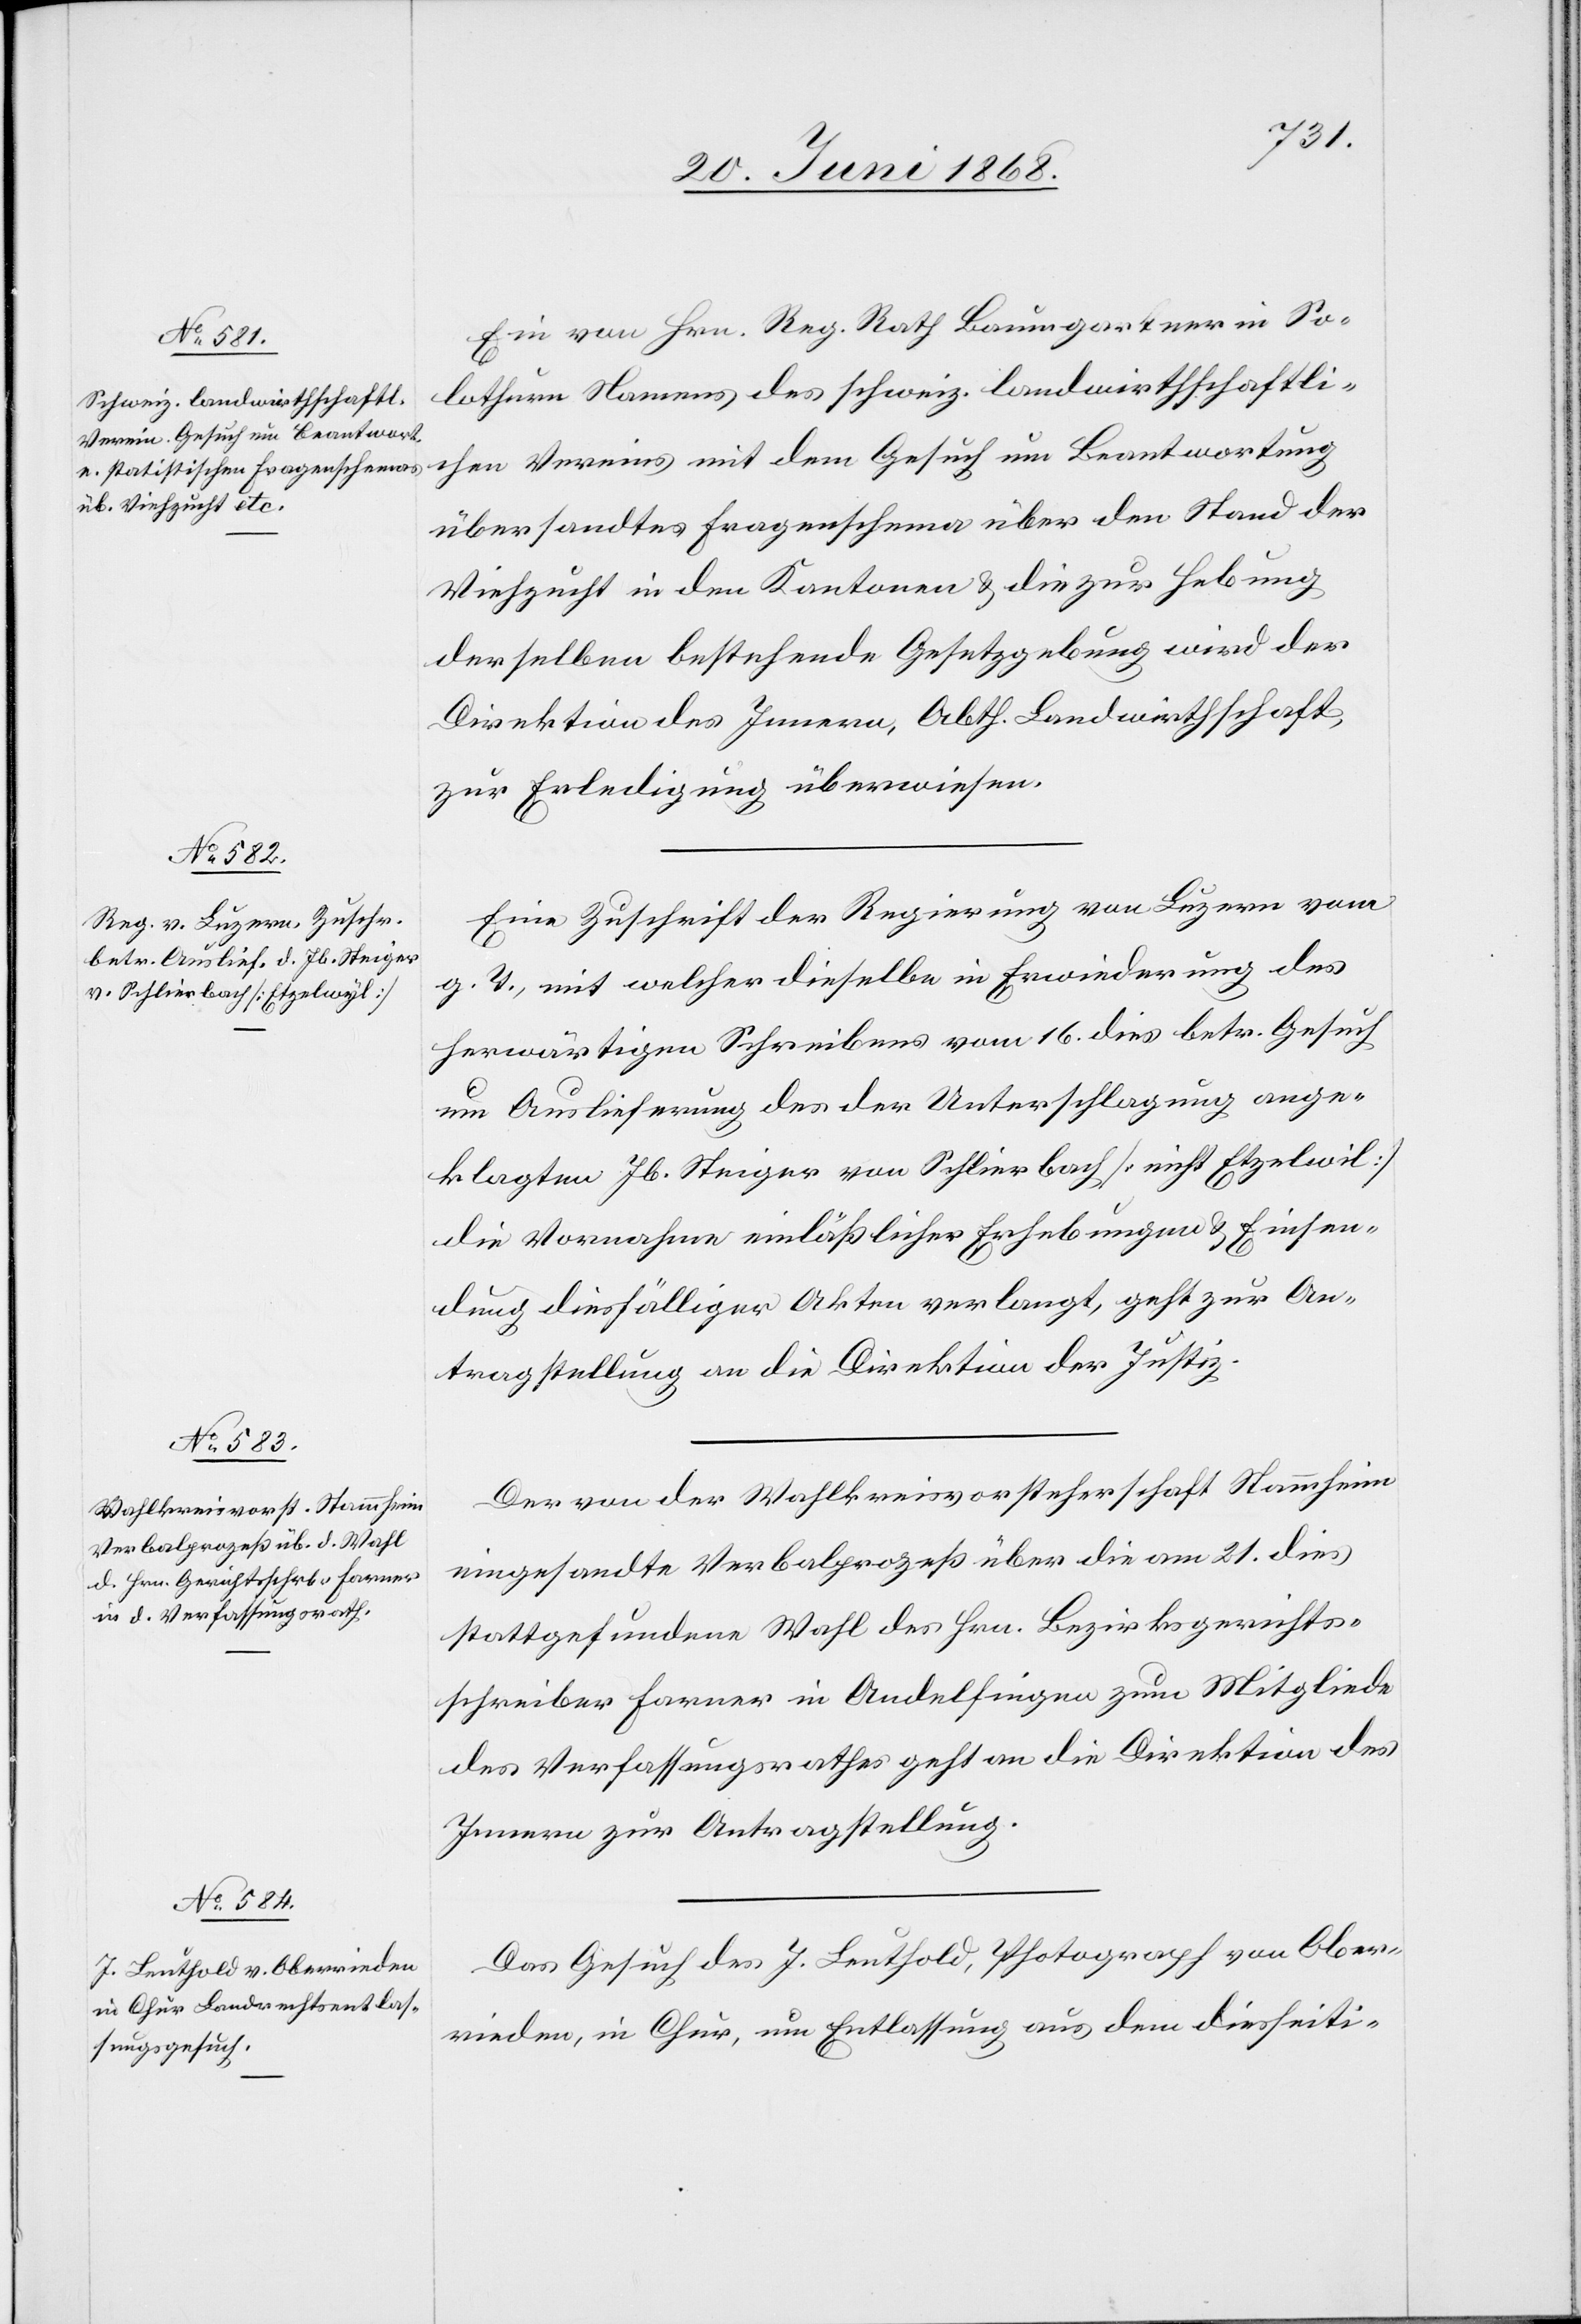
23. Juni 1868.]
Ein von Hrn. Reg. Rath Baumgartner in So¬
lothurn Namens des schweiz. landwirthschaftli¬
chen Vereins mit dem Gesuch um Beantwortung
übersandtes Fragenschema über den Stand der
Viehzucht in den Kantonen & die zur Hebung
derselben bestehende Gesetzgebung wird der
Direktion des Innern, Abth. Landwirthschaft,
zur Erledigung überwiesen.
Eine Zuschrift der Regierung von Luzern vom
g. T., mit welcher dieselbe in Erwiederung des
herwärtigen Schreibens vom 16. dies betr. Gesuch
um Auslieferung des der Unterschlagung ange¬
klagten Jb. Steiger von Schlierbach [nicht Etzelwil]
die Vornahme einläßlicher Erhebungen & Einsen¬
dung diesfälliger Akten verlangt, geht zur An¬
tragstellung an die Direktion der Justiz.
Der von der Wahlkreisvorsteherschaft Stammheim
eingesandte Verbalprozeß über die am 21. dies
stattgefundene Wahl des Hrn. Bezirksgerichts¬
schreiber Farner in Andelfingen zum Mitgliede
des Verfassungsrathes geht an die Direktion des
Innern zur Antragstellung.
Das Gesuch des J. Leuthold, Photograph von Ober¬
rieden, in Chur, um Entlassung aus dem diesseiti-